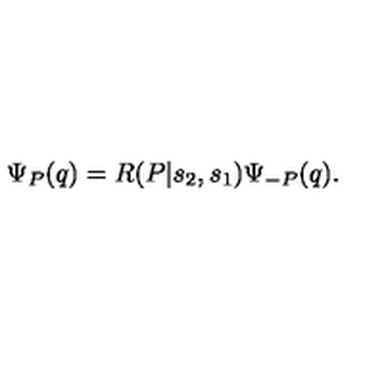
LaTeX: \Psi _ { P } ( q ) = R ( P | s _ { 2 } , s _ { 1 } ) \Psi _ { - P } ( q ) .